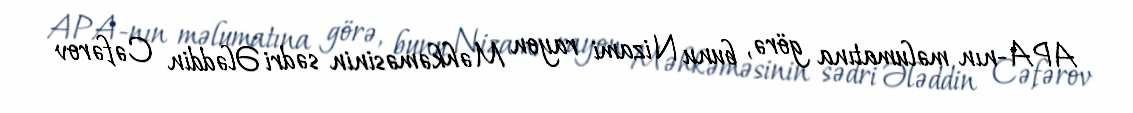
APA-nın məlumatına görə, bunu Nizami rayon Məhkəməsinin sədri Ələddin Cəfərov